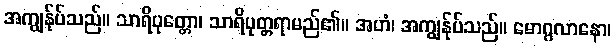
အကျွန်ုပ်သည်။ သာရိပုတ္တော၊ သာရိပုတ္တရာမည်၏။ အဟံ၊ အကျွန်ုပ်သည်။ မောဂ္ဂလာနော၊